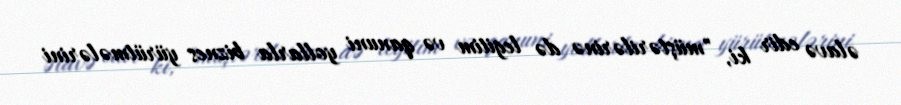
əlavə edir ki, "müştərilərinə də legitim və qanuni yollarla biznes yürütmələrini